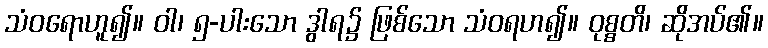
သံဝရောဟူ၍။ ဝါ၊ ၅-ပါးသော ဒွါရ၌ ဖြစ်သော သံဝရဟ၍။ ဝုစ္စတိ၊ ဆိုအပ်၏။